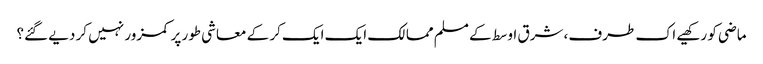
ماضی کو رکھیے اک طرف، شرق اوسط کے مسلم ممالک ایک ایک کر کے معاشی طور پر کمزور نہیں کر دیے گئے؟